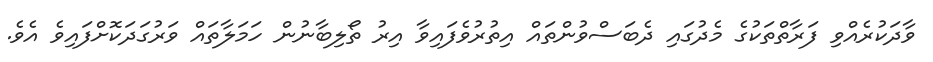
ވާދަކުރެއްވި ފަރާތްތަކުގެ މެދުގައި ދެބަސްވުންތައް އިތުރުވެފައިވާ އިރު ތޯލިބާނުން ހަމަލާތައް ވަރުގަދަކޮށްފައިވެ އެވެ.